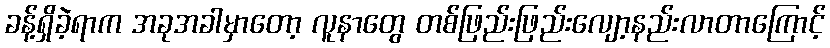
ခန့်ရှိခဲ့ရာက အခုအခါမှာတော့ လူနာတွေ တစ်ဖြည်းဖြည်းလျော့နည်းလာတာကြောင့်